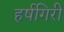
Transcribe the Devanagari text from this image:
हर्षगिरी